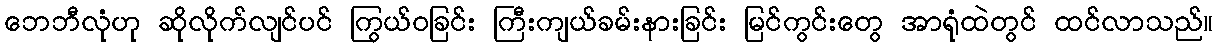
ဘေဘီလုံဟု ဆိုလိုက်လျင်ပင် ကြွယ်ဝခြင်း ကြီးကျယ်ခမ်းနားခြင်း မြင်ကွင်းတွေ အာရုံထဲတွင် ထင်လာသည်။